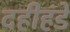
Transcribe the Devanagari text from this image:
दहीहंडे